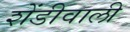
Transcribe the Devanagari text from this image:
शेंडीवाली